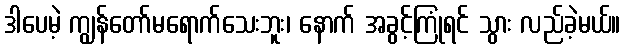
ဒါပေမဲ့ ကျွန်တော်မရောက်သေးဘူး၊ နောက် အခွင့်ကြုံရင် သွား လည်ခဲ့မယ်။